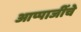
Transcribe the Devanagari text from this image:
आप्पाजींचे